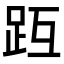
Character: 𧿟